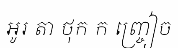
អូរ តា ថុក ក ញ្ច្រៀច